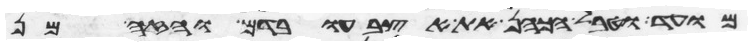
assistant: מועד וטבל הכהן את אצבעו בדם והזה מן